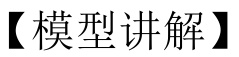
【模型讲解】